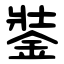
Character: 銺